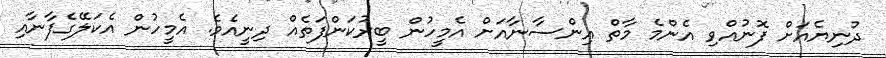
ދުނިޔެއަށް ފޮނުއްވި އެންމެ މާތް އިންސާނާއަށް އެމީހުން ބީރުކަންފަތެއް ދިނީއެވެ. އެމީހުން އެކަލޭގެފާނާއި